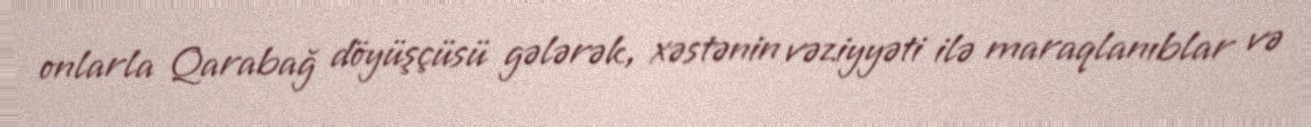
onlarla Qarabağ döyüşçüsü gələrək, xəstənin vəziyyəti ilə maraqlanıblar və